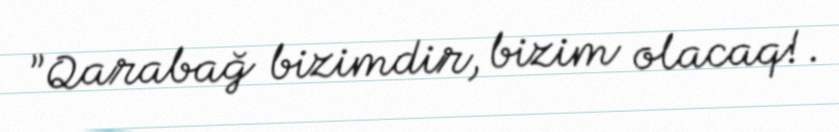
”Qarabağ bizimdir, bizim olacaq!.